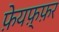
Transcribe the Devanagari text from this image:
फ़ेयफ़्फ़र